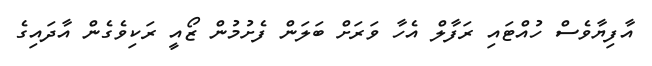
އާފިޔާވެސް ހުއްޓައި ރަފާލް އެހާ ވަރަށް ބަލަން ފެށުމުން ޒޯއީ ރަކިވެގެން އާދައިގެ